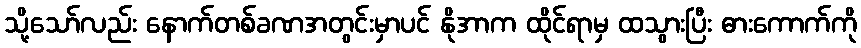
သို့သော်လည်း နောက်တစ်ခဏအတွင်းမှာပင် နိုအာက ထိုင်ရာမှ ထသွားပြီး ဓားကောက်ကို